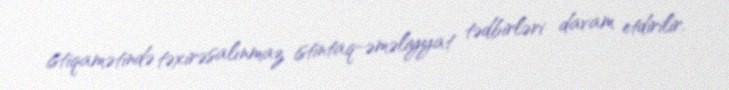
istiqamətində təxirəsalınmaz istintaq-əməliyyat tədbirləri davam etdirilir.